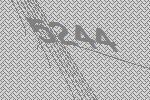
5244